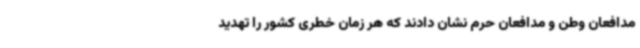
مدافعان وطن و مدافعان حرم نشان دادند که هر زمان خطری کشور را تهدید